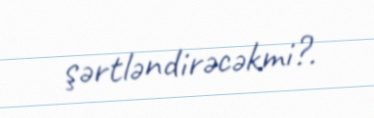
şərtləndirəcəkmi?.